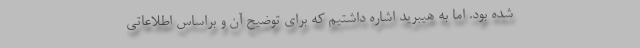
شده بود. اما به هیبرید اشاره داشتیم که برای توضیح آن و براساس اطلاعاتی